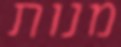
מנות